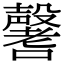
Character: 𡄒